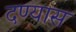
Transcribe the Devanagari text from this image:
दण्यास